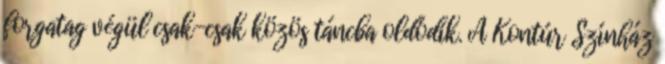
forgatag végül csak-csak közös táncba oldódik. A Kontúr Színház